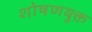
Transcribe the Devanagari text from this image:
शोषणयुक्त